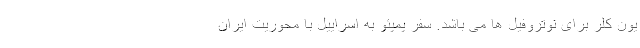
یون کلر برای نوتروفیل ها می باشد. سفر پمپئو به اسراییل با محوریت ایران